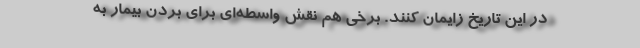
در این تاریخ زایمان کنند. برخی هم نقش واسطه‌ای برای بردن بیمار به